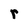
Character: r